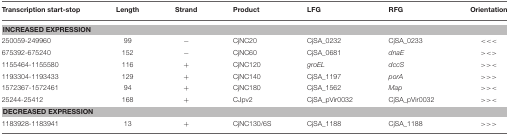
| Transcription start-stop | Length | Strand | Product | LFG | RFG | Orientation |
 | --- | --- | --- | --- | --- | --- | --- |
 | <COLSPAN=7> INCREASED EXPRESSION |
 | 250059-249960 | 99 | − | CjNC20 | CjSA_0232 | CjSA_0233 | <<< |
 | 675392-675240 | 152 | − | CjNC60 | CjSA_0681 | dnaE | ><> |
 | 1155464-1155580 | 116 | + | CjNC120 | groEL | dccS | >>< |
 | 1193304-1193433 | 129 | + | CjNC140 | CjSA_1197 | porA | >>> |
 | 1572367-1572461 | 94 | + | CjNC180 | CjSA_1562 | Map | >>< |
 | 25244-25412 | 168 | + | CJpv2 | CjSA_pVir0032 | CjSA_pVir0032 | >>< |
 | <COLSPAN=7> DECREASED EXPRESSION |
 | 1183928-1183941 | 13 | + | CjNC130/6S | CjSA_1188 | CjSA_1188 | >>> |